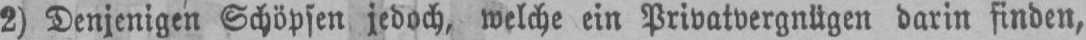
2) Denjenigen Schöpfen jedoch, welche ein Privatvergnügen darin finden,